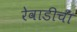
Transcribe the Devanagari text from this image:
रेवाडीचा